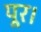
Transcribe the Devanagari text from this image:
पूर।